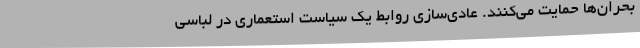
بحران‌ها حمایت می‌کنند. عادی‌سازی روابط یک سیاست استعماری در لباسی